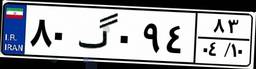
۸۰گ۰۹۴۸۳